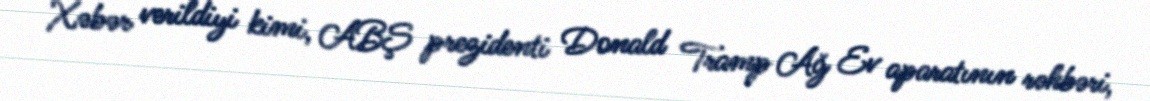
Xəbər verildiyi kimi, ABŞ prezidenti Donald Tramp Ağ Ev aparatının rəhbəri,